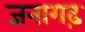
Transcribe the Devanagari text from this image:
जनागढ़